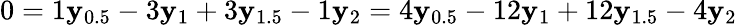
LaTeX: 0=1\mathbf{y}_{0.5}-3\mathbf{y}_{1}+3\mathbf{y}_{1.5}-1\mathbf{y}_{2}=4\mathbf{y}_{0.5}-12\mathbf{y}_{1}+12\mathbf{y}_{1.5}-4\mathbf{y}_{2}